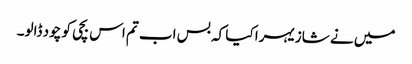
میں نے شازیہرا کیا کہ بس اب تم اس بچی کو چود ڈالو۔